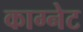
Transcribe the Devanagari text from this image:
काग्नेट